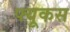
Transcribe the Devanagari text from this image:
फ्यूकस